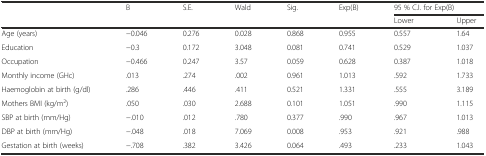
<table><thead><tr><td rowspan="2"></td><td rowspan="2"><b>B</b></td><td rowspan="2"><b>S.E.</b></td><td rowspan="2"><b>Wald</b></td><td rowspan="2"><b>Sig.</b></td><td rowspan="2"><b>Exp(B)</b></td><td colspan="2"><b>95 % C.I. for Exp(B)</b></td></tr><tr><td><b>Lower</b></td><td><b>Upper</b></td></tr></thead><tbody><tr><td>Age (years)</td><td>−0.046</td><td>0.276</td><td>0.028</td><td>0.868</td><td>0.955</td><td>0.557</td><td>1.64</td></tr><tr><td>Education</td><td>−0.3</td><td>0.172</td><td>3.048</td><td>0.081</td><td>0.741</td><td>0.529</td><td>1.037</td></tr><tr><td>Occupation</td><td>−0.466</td><td>0.247</td><td>3.57</td><td>0.059</td><td>0.628</td><td>0.387</td><td>1.018</td></tr><tr><td>Monthly income (GHc)</td><td>.013</td><td>.274</td><td>.002</td><td>0.961</td><td>1.013</td><td>.592</td><td>1.733</td></tr><tr><td>Haemoglobin at birth (g/dl)</td><td>.286</td><td>.446</td><td>.411</td><td>0.521</td><td>1.331</td><td>.555</td><td>3.189</td></tr><tr><td>Mothers BMI (kg/m<sup>2</sup>)</td><td>.050</td><td>.030</td><td>2.688</td><td>0.101</td><td>1.051</td><td>.990</td><td>1.115</td></tr><tr><td>SBP at birth (mm/Hg)</td><td>−.010</td><td>.012</td><td>.780</td><td>0.377</td><td>.990</td><td>.967</td><td>1.013</td></tr><tr><td>DBP at birth (mm/Hg)</td><td>−.048</td><td>.018</td><td>7.069</td><td>0.008</td><td>.953</td><td>.921</td><td>.988</td></tr><tr><td>Gestation at birth (weeks)</td><td>−.708</td><td>.382</td><td>3.426</td><td>0.064</td><td>.493</td><td>.233</td><td>1.043</td></tr></tbody></table>